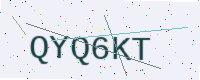
Text: QYQ6KT